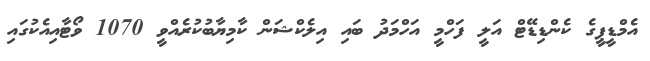
އެމްޑީޕީގެ ކެންޑިޑޭޓް އަލީ ފަހްމީ އަހްމަދު ބައި އިލެކްޝަން ކާމިޔާބުކުރެއްވީ 1070 ވޯޓާއިއެކުގައި